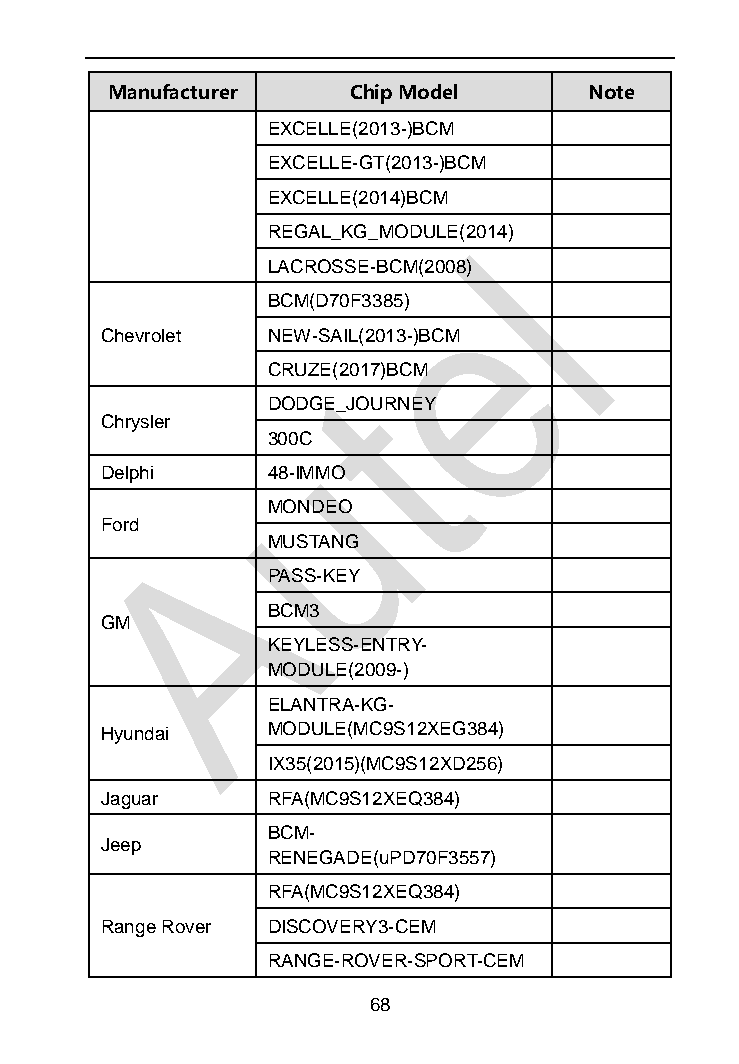
Manufacturer    Chip Model      Note
 EXCELLE(2013-)BCM
 EXCELLE-GT(2013-)BCM
 EXCELLE(2014)BCM
 REGAL_KG_MODULE(2014)
 LACROSSE-BCM(2008)
 BCM(D70F3385)
 Chevrolet  NEW-SAIL(2013-)BCM
 CRUZE(2017)BCM
 DODGE_JOURNEY
 Chrysler
 300C
 Delphi     48-IMMO
 MONDEO
 Ford
 MUSTANG
 PASS-KEY
 BCM3
 GM
 KEYLESS-ENTRY-
 MODULE(2009-)
 ELANTRA-KG-
 Hyundai    MODULE(MC9S12XEG384)
 IX35(2015)(MC9S12XD256)
 Jaguar     RFA(MC9S12XEQ384)
 BCM-
 Jeep
 RENEGADE(uPD70F3557)
 RFA(MC9S12XEQ384)
 Range Rover DISCOVERY3-CEM
 RANGE-ROVER-SPORT-CEM
 68